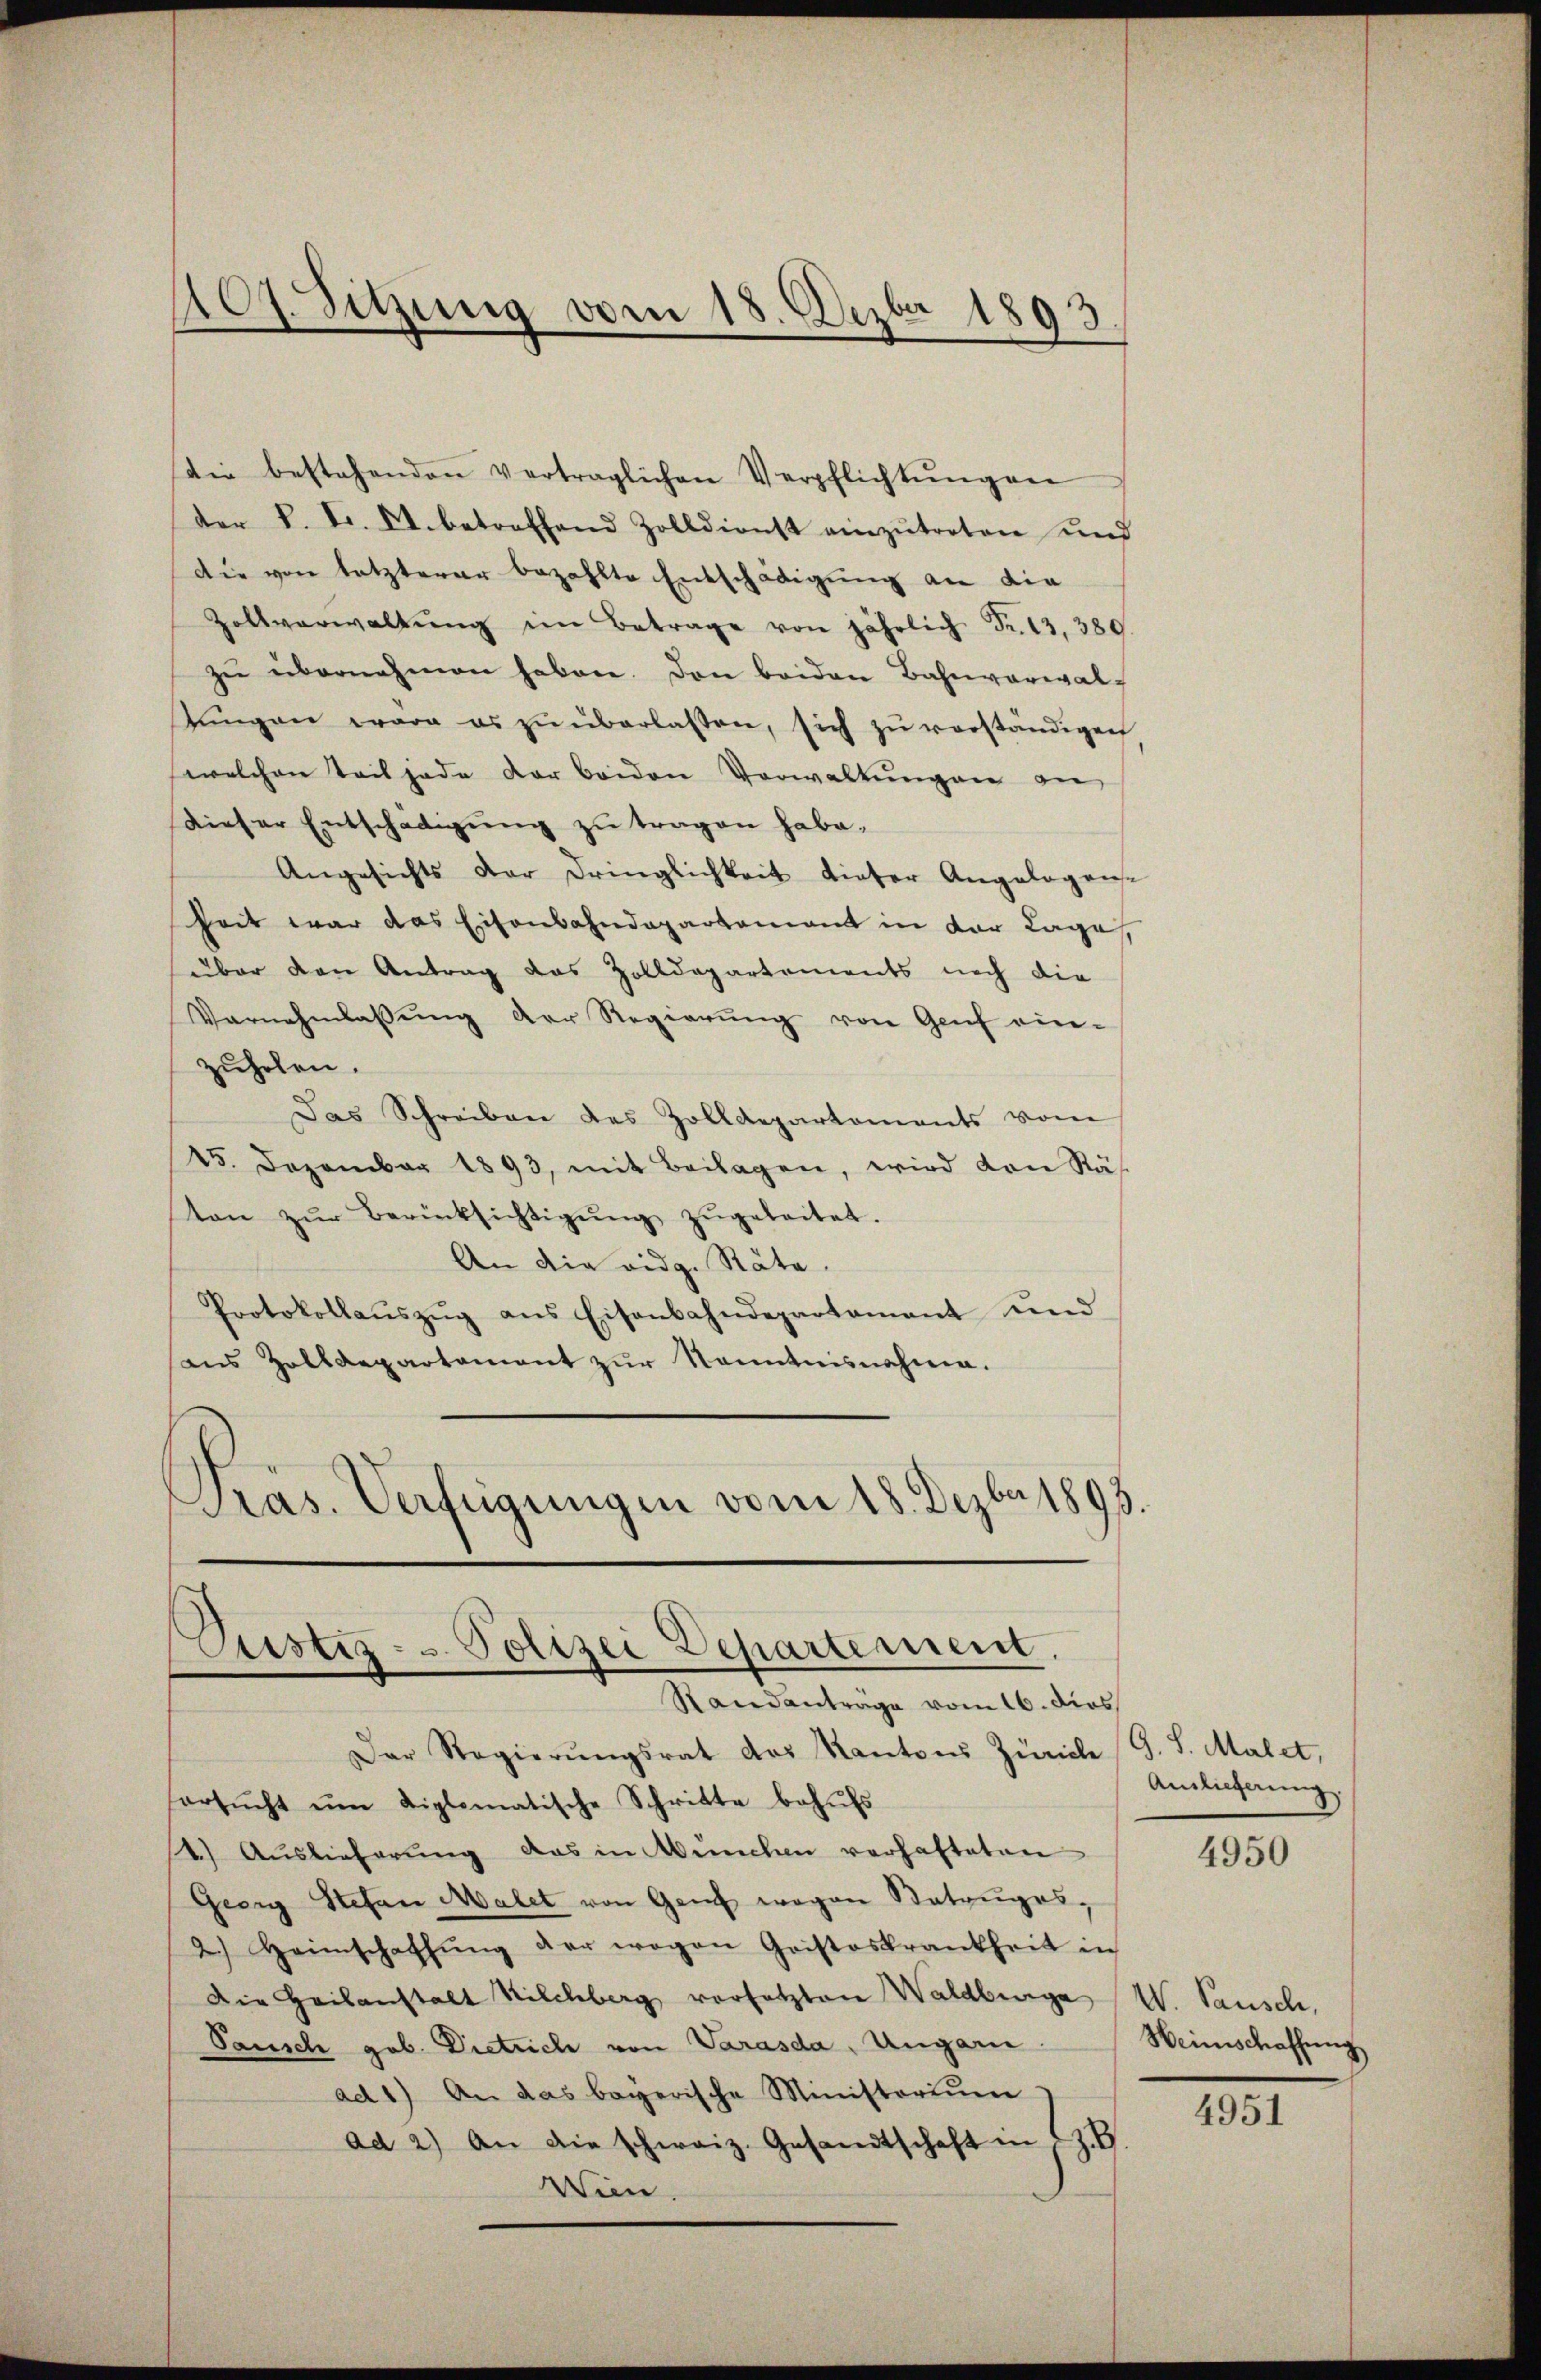
107. Sitzung vom 18. Dezbr 1893.

die bestehenden verträglichen Verpflichtŭngen
der K. Fr. A. betreffend Zolldienst einzŭtreten und
Die von letzterer bezahlte Entschädigung an die
Zollverwaltŭng im Betrage von jährlich Fr. 13, 389.
zŭ übernehmen haben. Den beiden Bahnverwal-
tŭngen wäre es zŭ überlassen, sich zŭ verständigen
welchen Teil jede der beiden Verwaltŭngen an
dieser Entschädigung zu tragen habe.
Angesichts der Dringlichkeit dieser Angelogense
heit war das Eisenbahndepartement in der Lage,
über den Antrag das Zolldepartements noch die
Vernehmlassŭng der Regierŭng von Genf ein-
zŭholen.
Das Schreiben des Zolldepartements vom
45. Dezember 1893, mit Beilagen, wird von Rä-
ton zŭr Berücksichtigŭng zŭgeleitet.
An die eidg. Räte.
Protokollaŭszŭg ans Eisenbahndepartamant und
aus Zolldepartament zŭr Kenntnisnahme.
Pras. Verfügungen vom 18. Dezbr. 1893.

Justiz- u. Polizei Departement.
Standanträge vom 16. dies

Der Regierŭngsrat des Kantons Zürich G. S. Malet,
orsŭcht ŭm diplomatische Schritte behŭfs
4.) Auslieferung das in Weichen verhafteten
Georg Stefan Malet von Genf wegen Betruges,
2.) Heimschaffŭng der wegen Geisteskrankheit in
Die Heilanstalt Kilchberg versetzten Waldburge
Pausch gob. Dietrich von Varasda, Ungari
ad1) An das bayerische Ministoriŭm
ad 2.) An die schweiz. Gesandtschaft in 2t
Wien.

Anlieferung.

4950

W. Pausch,
Heimschaffung

4951